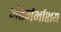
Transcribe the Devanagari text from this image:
अंतर्गर्भाशय